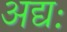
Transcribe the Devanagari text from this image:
अद्यः